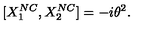
[ { X } _ { 1 } ^ { N C } , { X } _ { 2 } ^ { N C } ] = - i { \theta } ^ { 2 } .